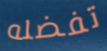
تفضله